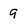
Character: 9